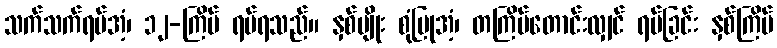
သက်သက်ရပ်အံ့၊ ၁၂-ကြိမ် ရပ်ရသည်။ နှစ်မျိုး စုံပြုအံ့၊ တကြိမ်တောင်းလျှင် ရပ်ခြင်း နှစ်ကြိမ်